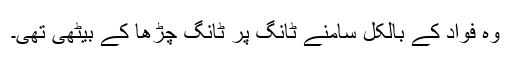
وہ فواد کے بالکل سامنے ٹانگ پر ٹانگ چڑھا کے بیٹھی تھی۔